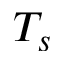
T _ { s }